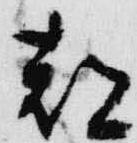
都